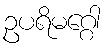
ဥပရိမဂ္ဂေါ